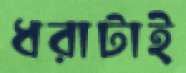
ধরাটাই